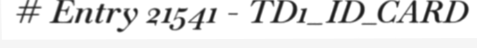
# Entry 21541 - TD1_ID_CARD